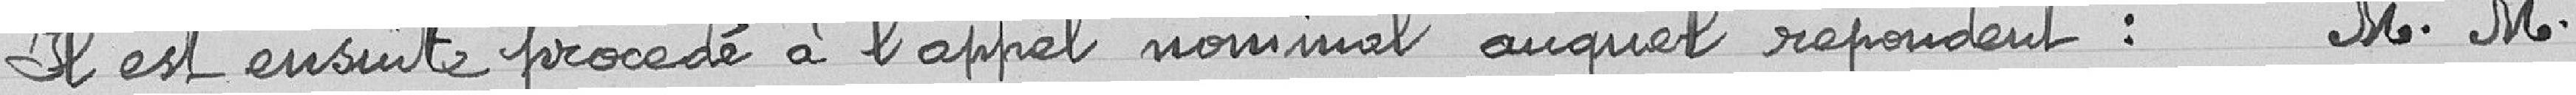
Il est ensuite procédé à l'appel nominal auquel répondent : Messieurs